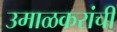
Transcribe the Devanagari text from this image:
उमाळकरांची